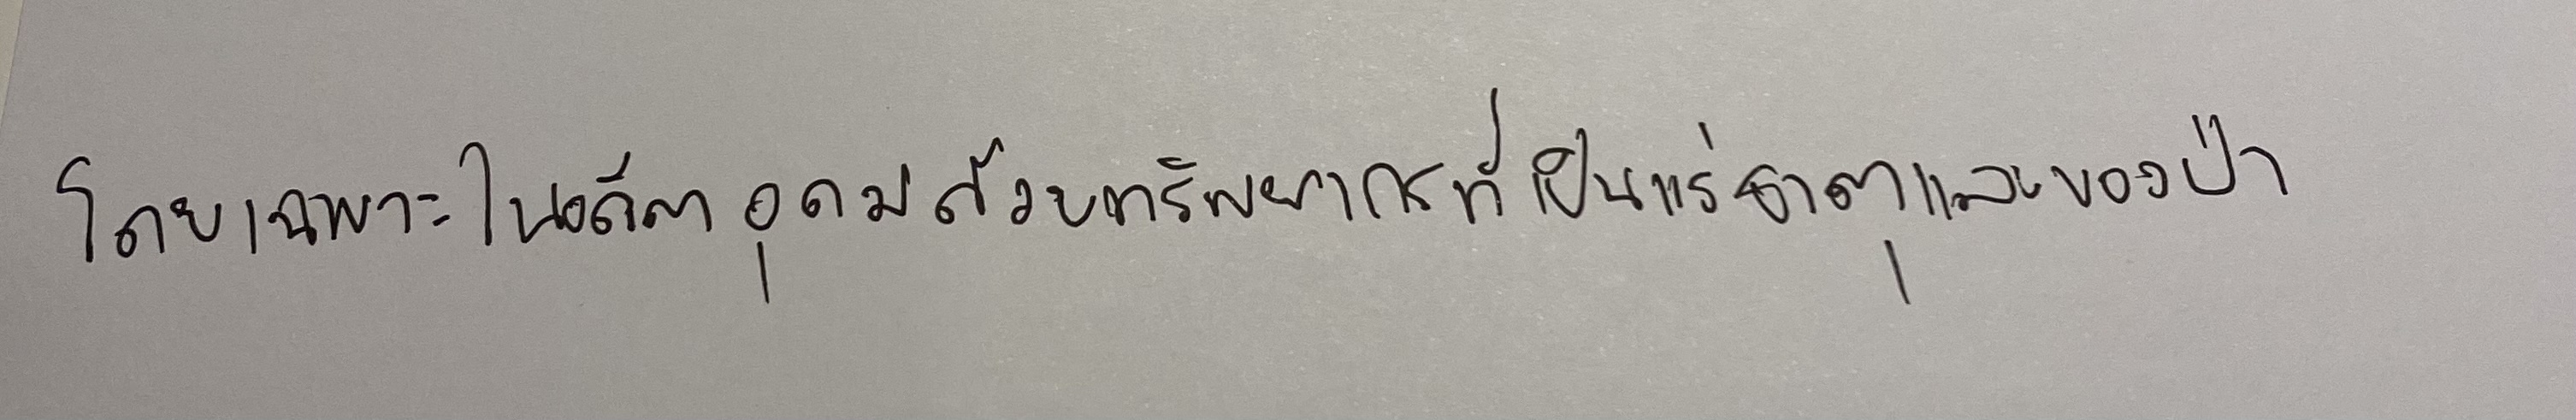
โดยเฉพาะในอดีตอุดมด้วยทรัพยากรที่เป็นแร่ธาตุและของป่า